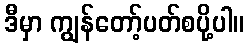
ဒီမှာ ကျွန်တော့်ပတ်စပို့ပါ။